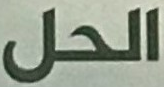
الحل